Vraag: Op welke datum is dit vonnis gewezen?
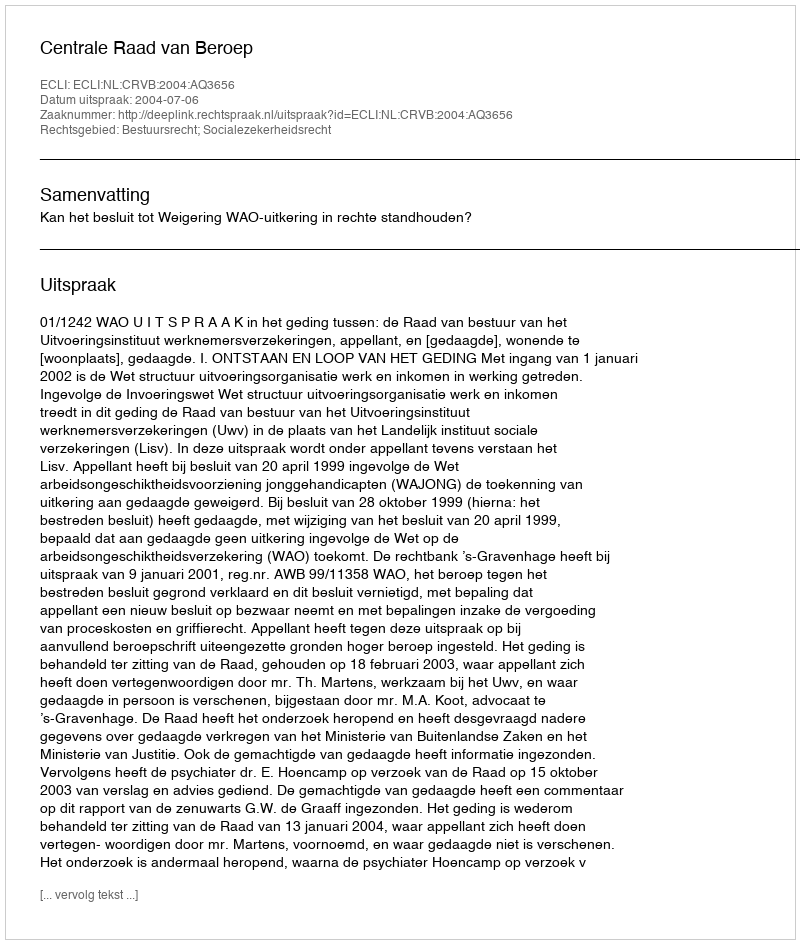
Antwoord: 2004-07-06